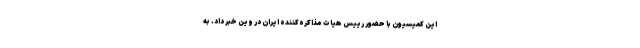
این کمیسیون با حضور رییس هیات مذاکره‌کننده ایران در وین خبر داد. به